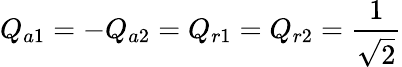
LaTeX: Q_{a1}=-Q_{a2}=Q_{r1}=Q_{r2}={\frac{1}{\sqrt{2}}}